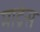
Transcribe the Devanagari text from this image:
माद्रेस